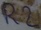
Text: R2